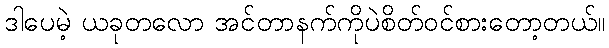
ဒါပေမဲ့ ယခုတလော အင်တာနက်ကိုပဲစိတ်ဝင်စားတော့တယ်။